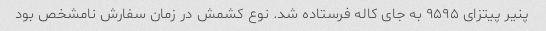
پنیر پیتزای ۹۵۹۵ به جای کاله فرستاده شد. نوع کشمش در زمان سفارش نامشخص بود